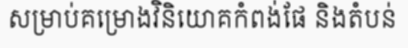
សម្រាប់គម្រោងវិនិយោគកំពង់ផែ និងតំបន់